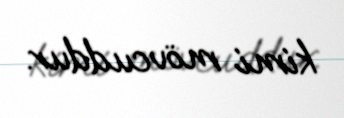
kimi mövcuddur.